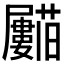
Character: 𱿈